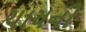
ચાયની